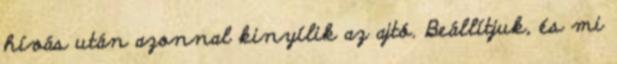
hívás után azonnal kinyílik az ajtó. Beállítjuk, és mi